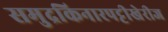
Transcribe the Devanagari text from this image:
समुद्रकिनारपट्टीखेरीज